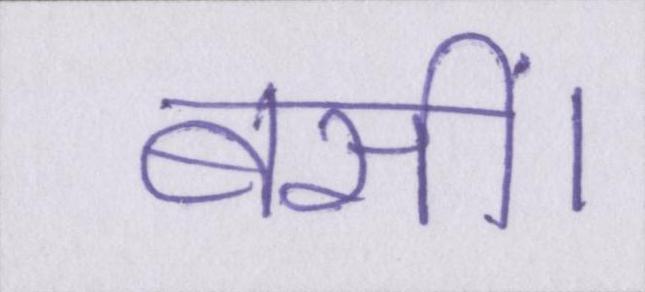
बसीं।